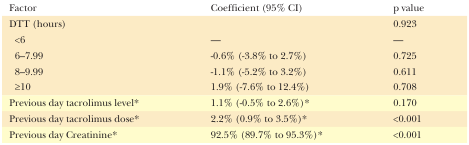
<table><thead><tr><td><b>Factor</b></td><td><b>Coefficient (95% CI)</b></td><td><b>p value</b></td></tr></thead><tbody><tr><td>DTT (hours)</td><td></td><td>0.923</td></tr><tr><td>&lt;6</td><td>—</td><td>—</td></tr><tr><td>6–7.99</td><td>0.6% (3.8% to 2.7%)</td><td>0.725</td></tr><tr><td>8–9.99</td><td>1.1% (5.2% to 3.2%)</td><td>0.611</td></tr><tr><td>≥10</td><td>1.9% (7.6% to 12.4%)</td><td>0.708</td></tr><tr><td>Previous day tacrolimus level*</td><td>1.1% (0.5% to 2.6%)*</td><td>0.170</td></tr><tr><td>Previous day tacrolimus dose*</td><td>2.2% (0.9% to 3.5%)*</td><td>&lt;0.001</td></tr><tr><td>Previous day Creatinine*</td><td>92.5% (89.7% to 95.3%)*</td><td>&lt;0.001</td></tr></tbody></table>